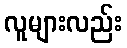
လူများလည်း